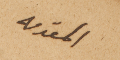
المقدمه